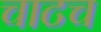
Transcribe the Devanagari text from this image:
चाटच